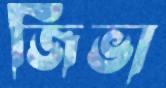
জিভা